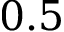
0 . 5